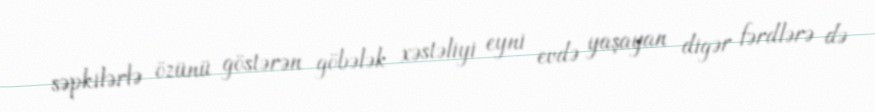
səpkilərlə özünü göstərən göbələk xəstəliyi eyni evdə yaşayan digər fərdlərə də